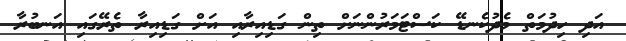
އަދި ހިދުމަތް މެދުކެނޑޭ ކަސްޓަމަރުންނަށް ތިން ގަޑިއިރާއި އަށް ގަޑިއިރާ ތެރޭގައި އަނބުރާ